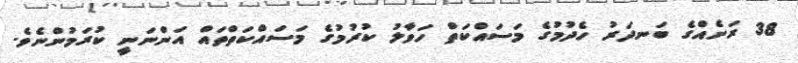
38 ރަށެއްގެ ބަނދަރު ހެދުމުގެ މަސައްކަތް ހަވާލު ކުރުމުގެ މަސައްކަތްތައް އަންނަނީ ކުރަމުންނެވެ.